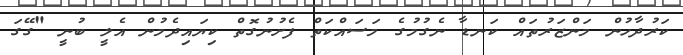
ކަރުދާހުން މަންޒަރުތައް ކަނޑާ ނެގުމުގެ މަސައްކަތް ފެށުނުގޮތް ކިޔައިދެމުން އެލީ ބުނީ "ގޭގަ